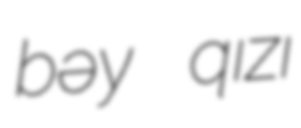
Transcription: bəy qızı